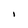
Character: I